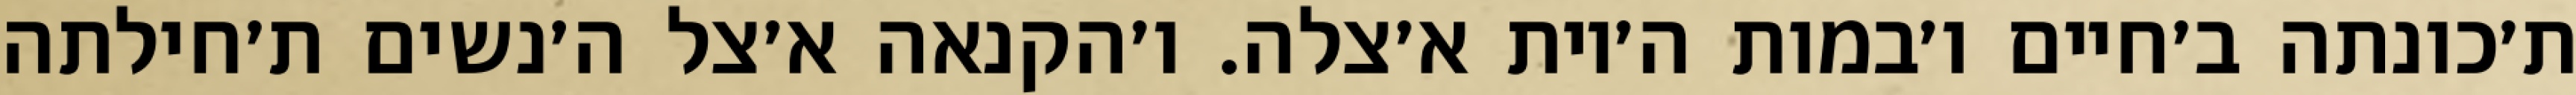
ת׳כונתה ב׳חיים ו׳במות ה׳יות א׳צלה. ו׳הקנאה א׳צל ה׳נשים ת׳חילתה